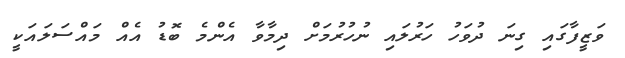
ވަޒީފާގައި ގިނަ ދުވަހު ހަރުލައި ނުހުރުމަށް ދިމާވާ އެންމެ ބޮޑު އެއް މައްސަލައަކީ